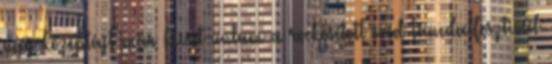
úgy középtájt már kicsit untam a rockosított svéd táncdalfesztivál